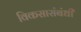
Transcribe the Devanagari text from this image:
विकसासंबंधी